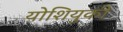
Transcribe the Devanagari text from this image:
योशियुकी